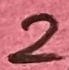
Text: 2